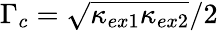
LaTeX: \Gamma_{c}=\sqrt{\kappa_{ex1}\kappa_{ex2}}/2